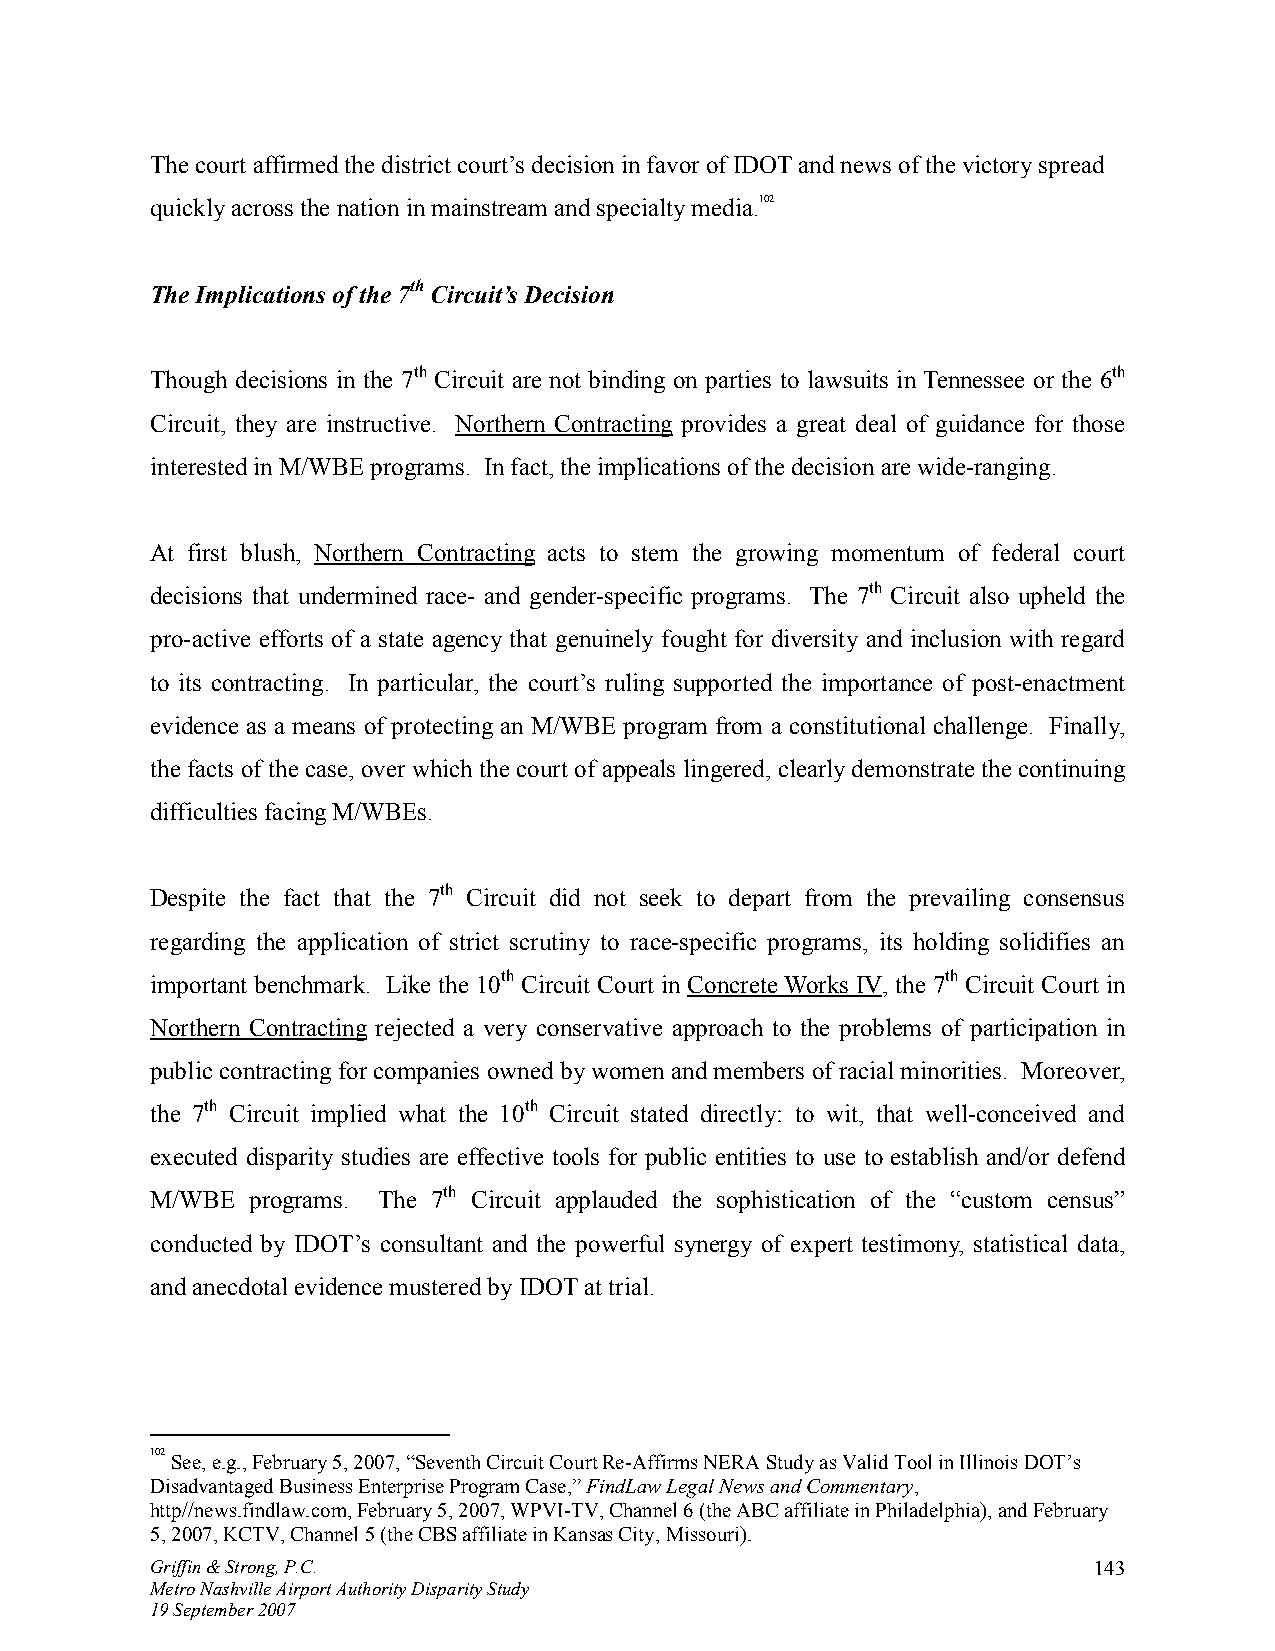
The court affirmed the district court’s decision in favor of IDOT and news of the victory spread
 quickly across the nation in mainstream and specialty media.102
 The Implications of the 7th Circuit’s Decision
 Though decisions in the 7th Circuit are not binding on parties to lawsuits in Tennessee or the 6th
 Circuit, they are instructive. Northern Contracting provides a great deal of guidance for those
 interested in M/WBE programs. In fact, the implications of the decision are wide-ranging.
 At first blush, Northern Contracting acts to stem the growing momentum of federal court
 decisions that undermined race- and gender-specific programs. The 7th Circuit also upheld the
 pro-active efforts of a state agency that genuinely fought for diversity and inclusion with regard
 to its contracting. In particular, the court’s ruling supported the importance of post-enactment
 evidence as a means of protecting an M/WBE program from a constitutional challenge. Finally,
 the facts of the case, over which the court of appeals lingered, clearly demonstrate the continuing
 difficulties facing M/WBEs.
 Despite the fact that the 7th Circuit did not seek to depart from the prevailing consensus
 regarding the application of strict scrutiny to race-specific programs, its holding solidifies an
 important benchmark. Like the 10th Circuit Court in Concrete Works IV, the 7th Circuit Court in
 Northern Contracting rejected a very conservative approach to the problems of participation in
 public contracting for companies owned by women and members of racial minorities. Moreover,
 the 7th Circuit implied what the 10th Circuit stated directly: to wit, that well-conceived and
 executed disparity studies are effective tools for public entities to use to establish and/or defend
 M/WBE programs. The 7th Circuit applauded the sophistication of the “custom census”
 conducted by IDOT’s consultant and the powerful synergy of expert testimony, statistical data,
 and anecdotal evidence mustered by IDOT at trial.
 102 See, e.g., February 5, 2007, “Seventh Circuit Court Re-Affirms NERA Study as Valid Tool in Illinois DOT’s
 Disadvantaged Business Enterprise Program Case,” FindLaw Legal News and Commentary,
 http//news.findlaw.com, February 5, 2007, WPVI-TV, Channel 6 (the ABC affiliate in Philadelphia), and February
 5, 2007, KCTV, Channel 5 (the CBS affiliate in Kansas City, Missouri).
 Griffin & Strong, P.C.                                        143
 Metro Nashville Airport Authority Disparity Study
 19 September 2007